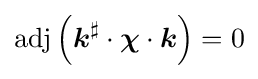
\mathrm {adj} \left({\boldsymbol {k}}^{\sharp }\cdot {\boldsymbol {\chi }}\cdot {\boldsymbol {k}}\right)=0